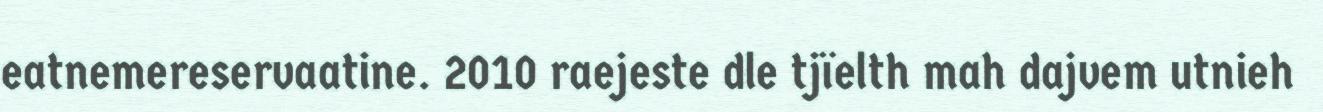
eatnemereservaatine. 2010 raejeste dle tjïelth mah dajvem utnieh